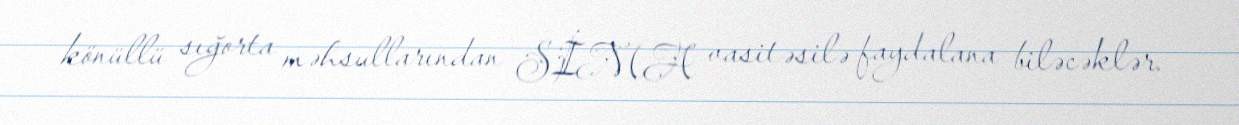
könüllü sığorta məhsullarından SİMA vasitəsilə faydalana biləcəklər.